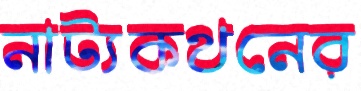
নাট্যকথনের